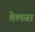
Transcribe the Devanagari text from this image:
तेल्स्त्रा